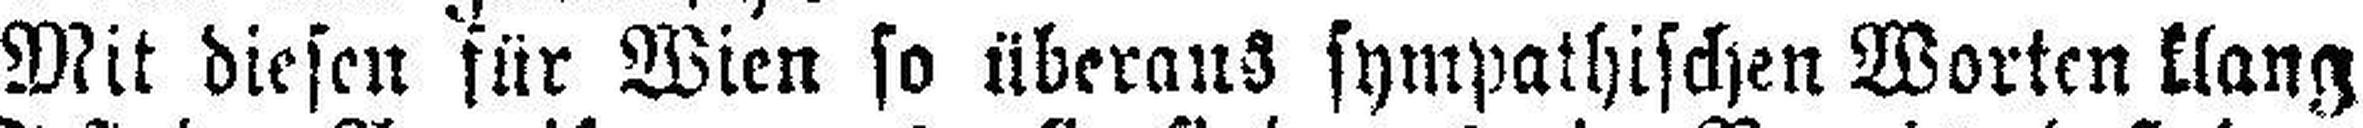
Mit diesen für Wien so überaus sympathischen Worten klang